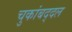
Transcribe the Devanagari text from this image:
चुकांबद्दल